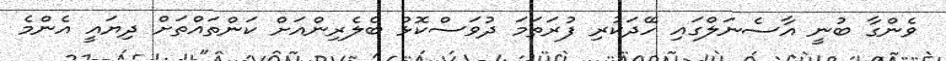
ވެންގާ ބުނީ އާސެނަލްގައި ހޭދަކުރި ފުރަތަމަ ދުވަސްކޮޅު ބެލެރިންއަށް ކަންތައްތަށް ދިޔައީ އެންމެ